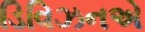
ડિવિઝનએ